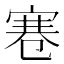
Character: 寋